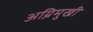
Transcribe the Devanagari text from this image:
अग्निमुखी